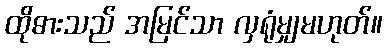
ထိုဓားသည် အမြင်သာ လှရုံမျှမဟုတ်။